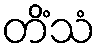
တိံသံ